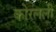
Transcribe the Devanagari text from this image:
कोरलली